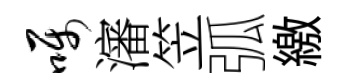
嘱瀋笠弧繳